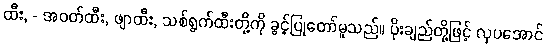
ထီး, - အဝတ်ထီး, ဖျာထီး, သစ်ရွက်ထီးတို့ကို ခွင့်ပြုတော်မူသည်။ ပိုးချည်တို့ဖြင့် လှပအောင်